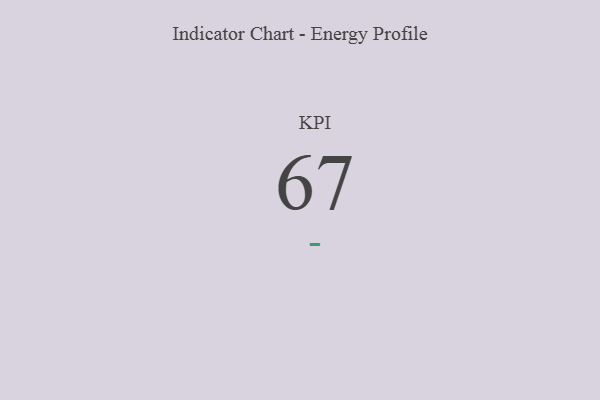
{"axis": {"x": "KPI", "y": "Value"}, "legend": [""], "data": [{"x": "KPI", "y": 67, "type": ""}]}